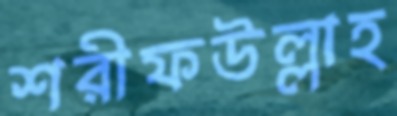
শরীফউল্লাহ